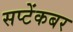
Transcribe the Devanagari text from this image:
सप्टेंकबर